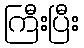
ကြီးပြီး